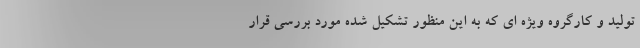
تولید و کارگروه ویژه ای که به این منظور تشکیل شده مورد بررسی قرار